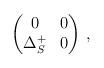
LaTeX: \begin{align*}\begin{pmatrix}0&0\\\Delta_S^+&0\end{pmatrix}\,,\end{align*}